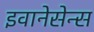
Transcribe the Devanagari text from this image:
इवानेसेन्स